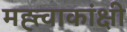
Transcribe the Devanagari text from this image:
मह्त्त्वाकांक्षी